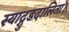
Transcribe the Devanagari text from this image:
स्याद्गुडदालिता।